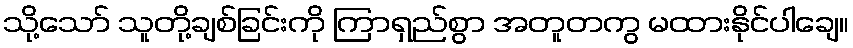
သို့သော် သူတို့ချစ်ခြင်းကို ကြာရှည်စွာ အတူတကွ မထားနိုင်ပါချေ။